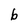
Character: b